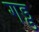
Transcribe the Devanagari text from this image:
गड्ड